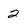
Character: 2